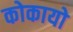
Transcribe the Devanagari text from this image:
कोकायो